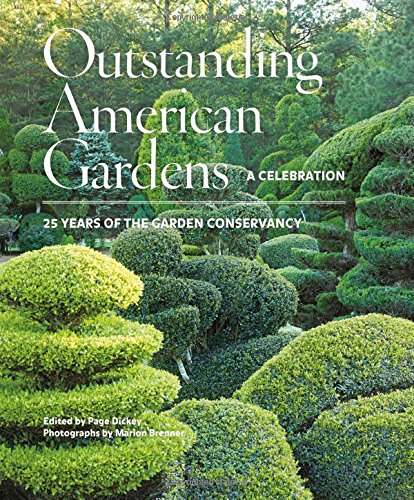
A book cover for Outstanding American Gardens: A Celebration: 25 Years of the Garden Conservancy; Dickey; Crafts, Hobbies & Home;